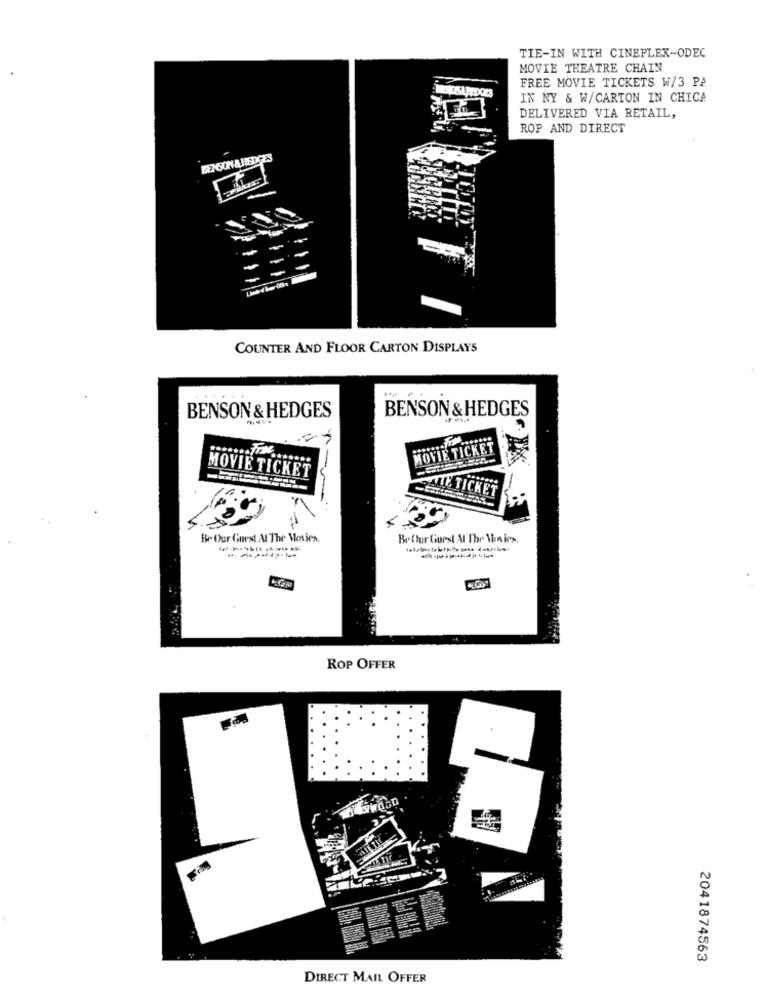
TIE-IN WITH CINEPLEX-ODEC
MOVIE THEATRE CHAIN
FREE MOVIE TICKETS W/3 PA
IN NY & W/CARTON IN CHICA
DELIVERED VIA RETAIL,
ROP AND DIRECT
BENSON & HEDGES
COUNTER AND FLOOR CARTON DISPLAYS
BENSON & HEDGES
BENSON & HEDGES
MOVIE TICKET
MOVIE TICKET
ALLE TICKET
Be Our Guest Al The Movies.
Be Our Guest Al The Venices.
ROP OFFER
2041874563
DIRECT MAIL OFFER